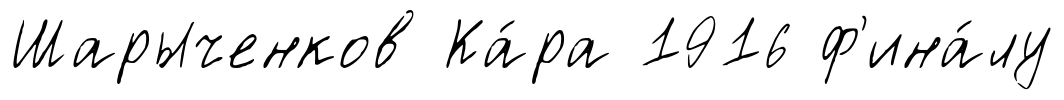
Шарыченков Ка́ра 1916 ф'ина́лу